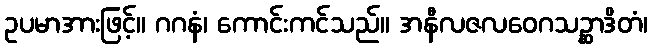
ဥပမာအားဖြင့်။ ဂဂနံ၊ ကောင်းကင်သည်။ အနီလဇလဝေဂသဉ္ဆာဒိတံ၊